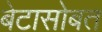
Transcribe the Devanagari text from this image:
बेटासोबत